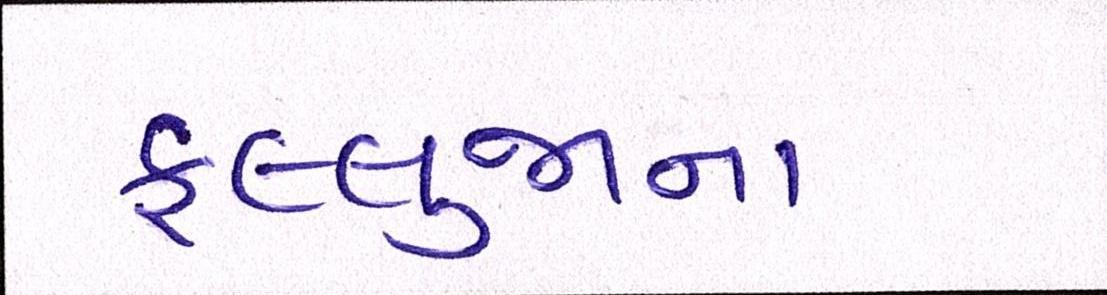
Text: ફલ્લુજાના